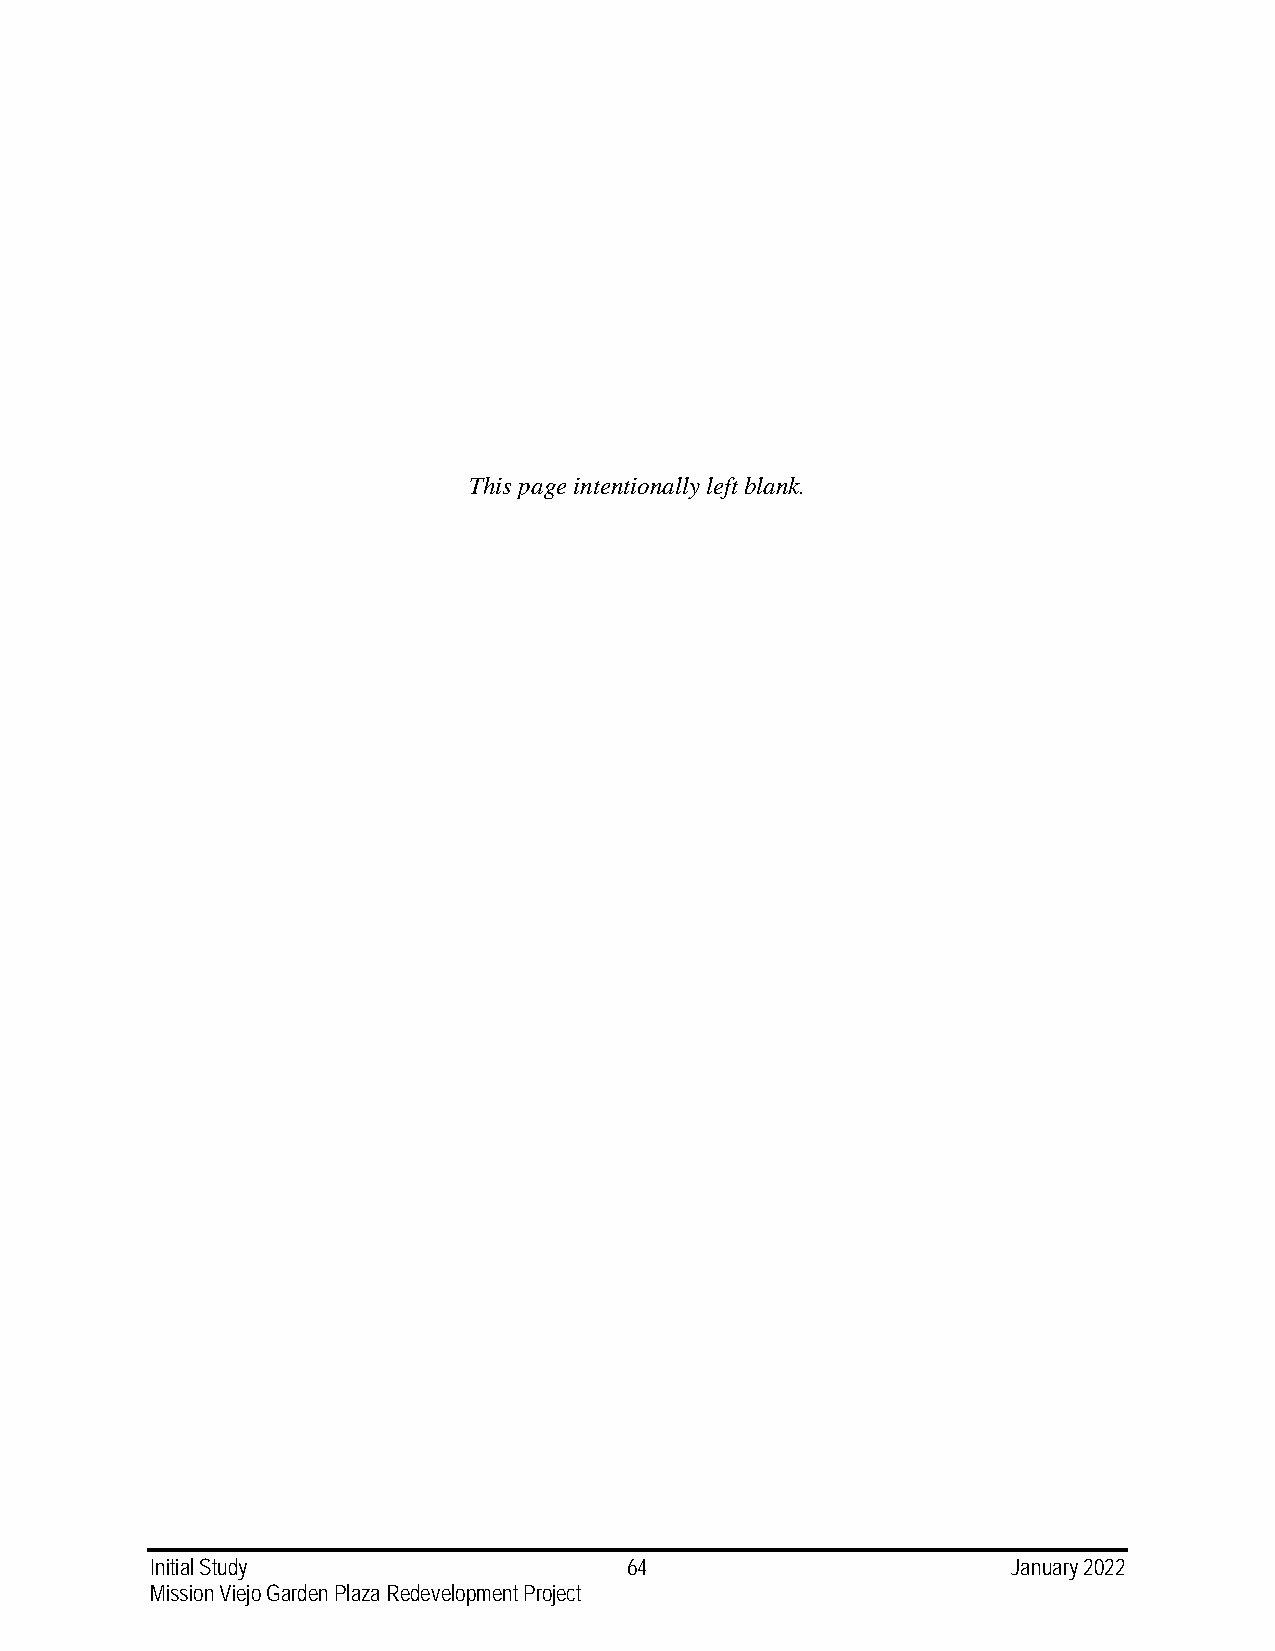
This page intentionally left blank.
 Initial Study                   64                       January 2022
 Mission Viejo Garden Plaza Redevelopment Project